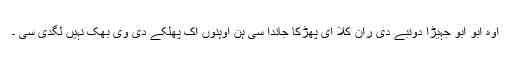
اوہ ابو ابو جہیڑا دونبے دی ران کلا ای پھڑکا جاندا سی ہن اوہنوں اک پھلکے دی وی بھک نہیں لگدی سی ۔